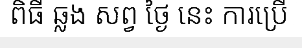
ពិធី ឆ្លង សព្វ ថ្ងៃ នេះ ការប្រើ